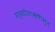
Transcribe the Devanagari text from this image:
सर्वधीसाक्षीभूतं